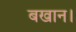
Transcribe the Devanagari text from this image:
बखान।